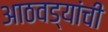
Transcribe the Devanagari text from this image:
आठवड्यांची